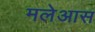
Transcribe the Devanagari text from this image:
मलेआस